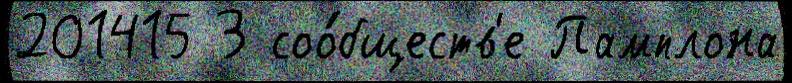
201415 3 соо́бществ'е Памплона